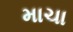
માચા